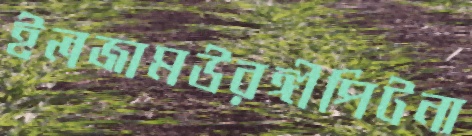
ইলজামউরঙ্গীপিটনা